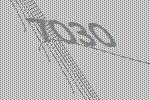
7030